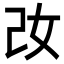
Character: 妀